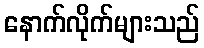
နောက်လိုက်များသည်